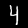
Label: 4